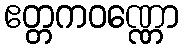
ဧတ္တကဝဏ္ဏော